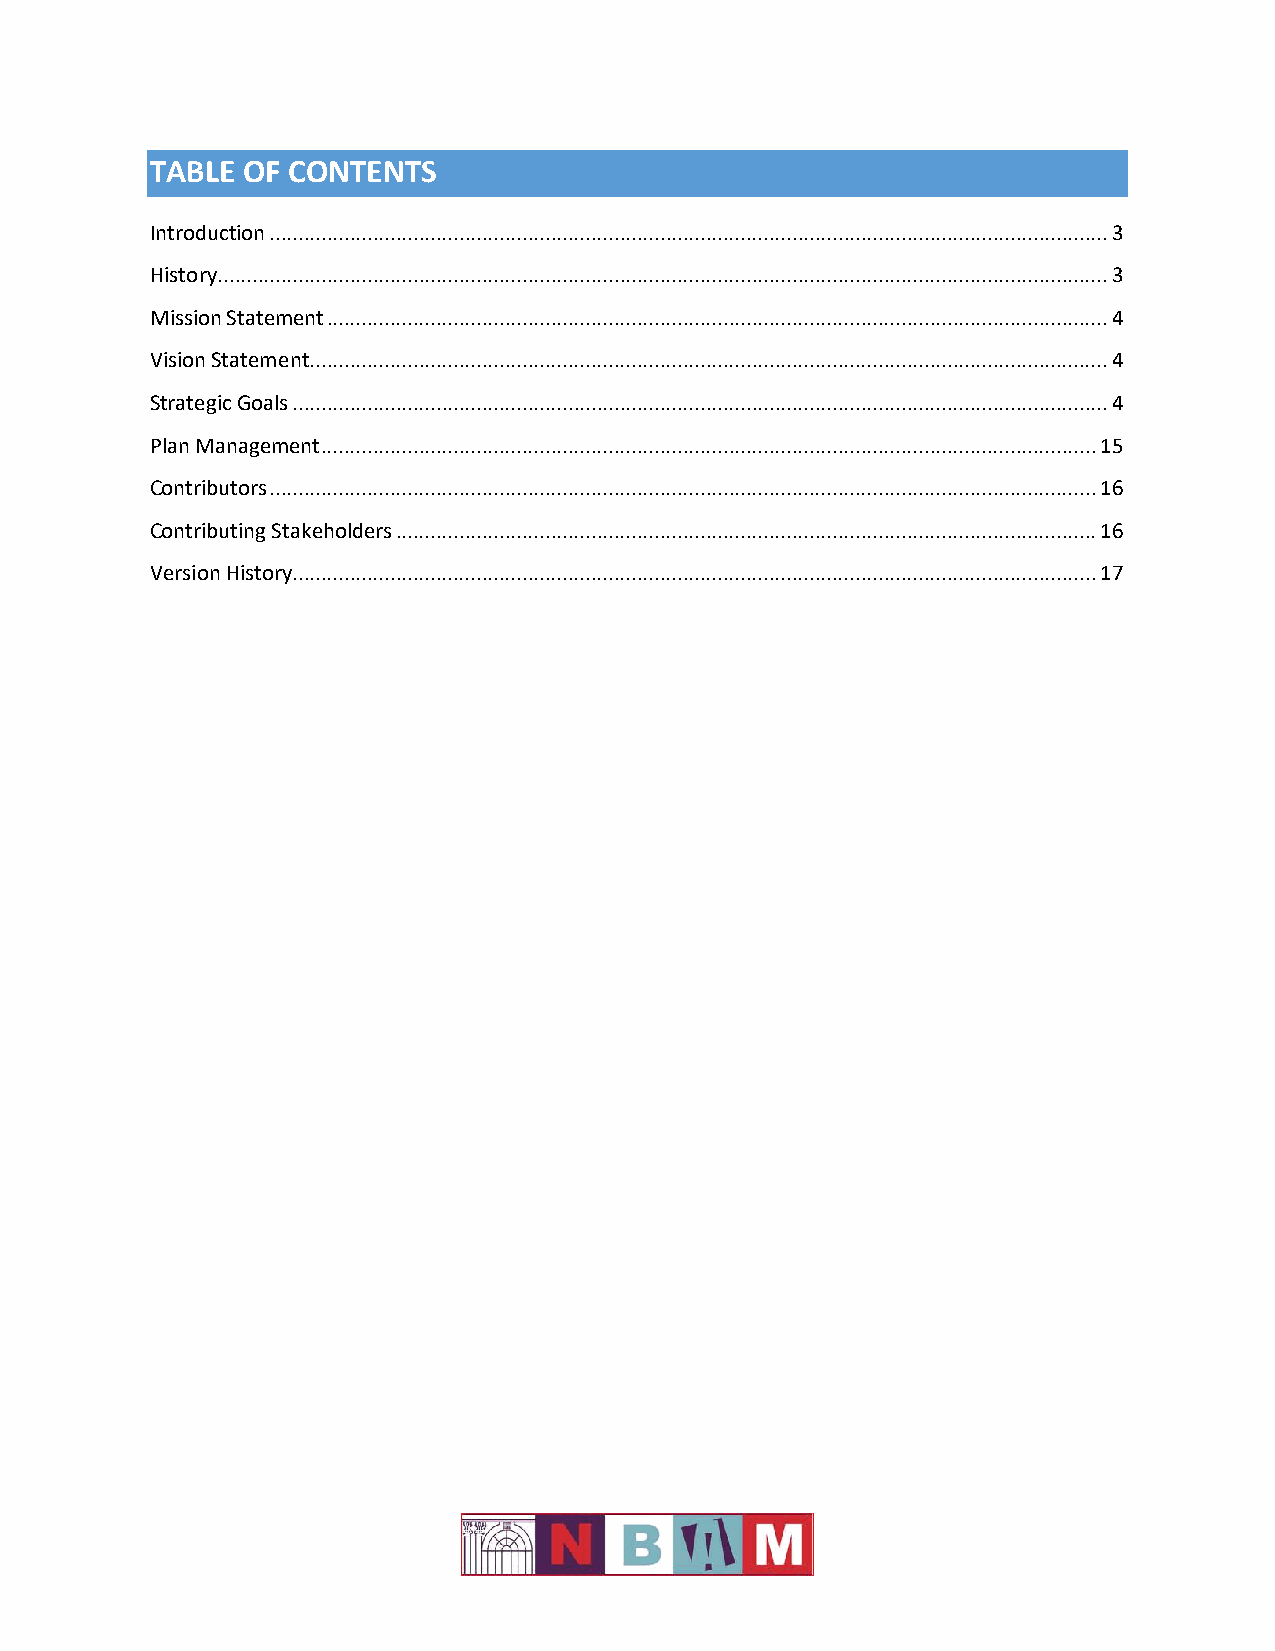
TABLE OF CONTENTS
 Introduction .................................................................................................................................................. 3
 History ........................................................................................................................................................... 3
 Mission Statement ........................................................................................................................................ 4
 Vision Statement ........................................................................................................................................... 4
 Strategic Goals .............................................................................................................................................. 4
 Plan Management ....................................................................................................................................... 15
 Contributors ................................................................................................................................................ 16
 Contributing Stakeholders .......................................................................................................................... 16
 Version History ............................................................................................................................................ 17